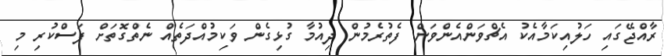
ރާއްޖޭގައި ހަލުއިކަމާއެކު އެޗްވަންއެންވަން ފެތުރެމުން ދިއުމާ ގުޅިގެން ވަކިމުއްދަތެއް ނެތްގޮތަށް ފަސްކުރި މި